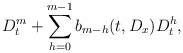
LaTeX: \begin{align*}D_t^m+\sum_{h=0}^{m-1}b_{m-h}(t,D_x)D_t^h,\end{align*}